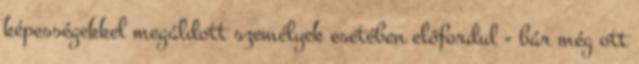
képességekkel megáldott személyek esetében előfordul - bár még ott